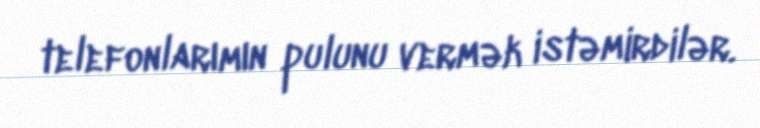
telefonlarımın pulunu vermək istəmirdilər.